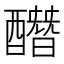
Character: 䤐